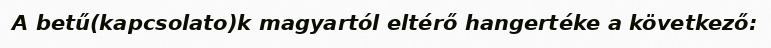
A betű(kapcsolato)k magyartól eltérő hangertéke a következő: